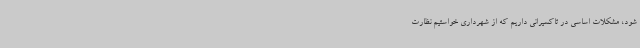
شود، مشکلات اساسی در تاکسیرانی داریم که از شهرداری خواستیم نظارت